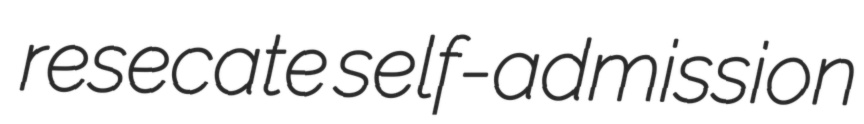
resecate self-admission